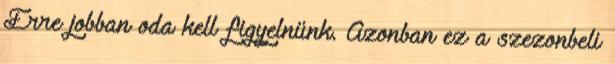
Erre jobban oda kell figyelnünk. Azonban ez a szezonbeli